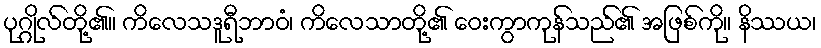
ပုဂ္ဂိုလ်တို့၏။ ကိလေသဒူရီဘာဝံ၊ ကိလေသာတို့၏ ဝေးကွာကုန်သည်၏ အဖြစ်ကို။ နိဿယ၊